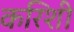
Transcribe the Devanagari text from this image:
करिशी